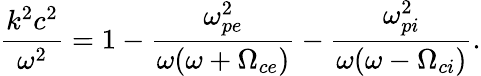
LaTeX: \frac{k^{2}c^{2}}{\omega^{2}}=1-\frac{\omega_{pe}^{2}}{\omega(\omega+\Omega_{ce})}-\frac{\omega_{pi}^{2}}{\omega(\omega-\Omega_{ci})}.